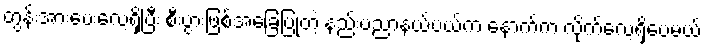
တွန်းအားပေးလေ့ရှိပြီး စီးပွားဖြစ်အခြေပြုတဲ့ နည်းပညာနယ်ပယ်က နောက်က လိုက်လေ့ရှိပေမယ့်